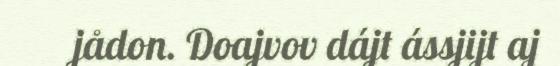
jådon. Doajvov dájt ássjijt aj